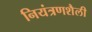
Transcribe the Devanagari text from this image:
नियंत्रणशैली